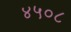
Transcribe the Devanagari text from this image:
४५०८